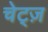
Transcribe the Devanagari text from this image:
चेट्ज़